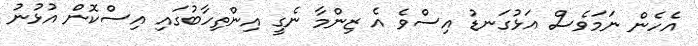
އެހެން ނަމަވެސް އަޅުގަނޑު އިސްވެ އެ ޒިންމާ ނެގީ އިންތިހާބުގައި އިސްކޮން އުޅުނު